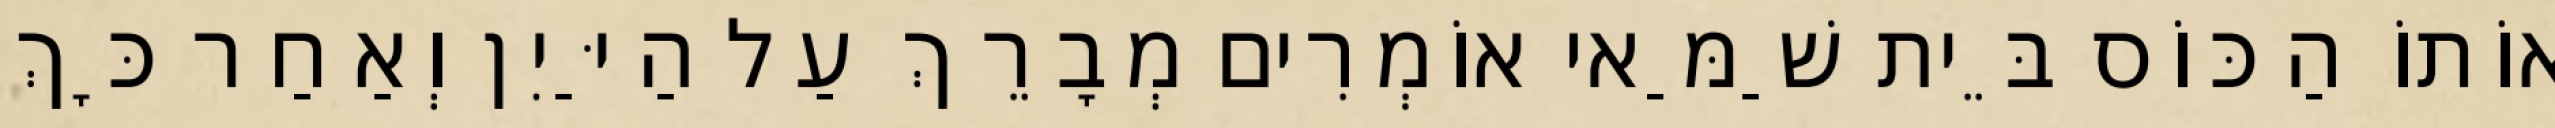
אוֹתוֹ הַכּוֹס בֵּית שַׁמַּאי אוֹמְרִים מְבָרֵךְ עַל הַיַּיִן וְאַחַר כָּךְ